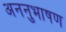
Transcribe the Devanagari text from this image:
अननुभाषण